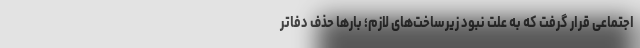
اجتماعی قرار گرفت که به علت نبود زیرساخت‌های لازم؛ بارها حذف دفاتر